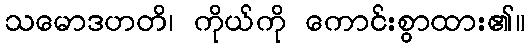
သမောဒဟတိ၊ ကိုယ်ကို ကောင်းစွာထား၏။